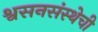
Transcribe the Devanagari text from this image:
श्वसनसंस्थेची